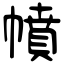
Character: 幩